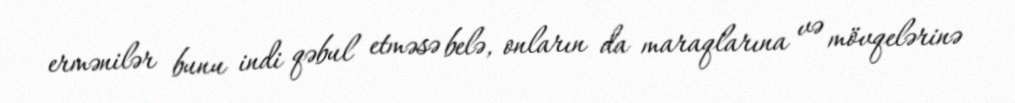
ermənilər bunu indi qəbul etməsə belə, onların da maraqlarına və mövqelərinə